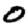
Digit: 0